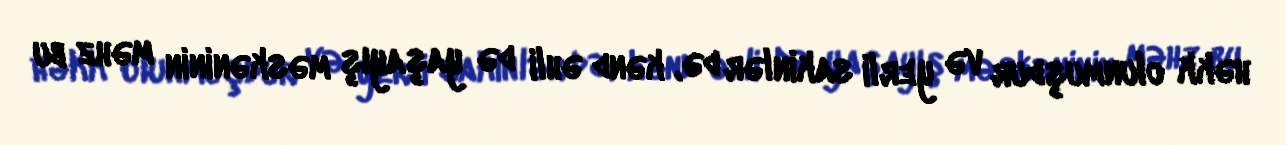
həkk olunmuşdur və yerli sakinlər də, kənd əhli də yaşayış məskəninin məhz bu